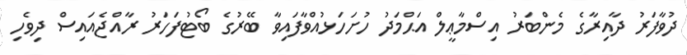
ދުވާފަރު ދާއިރާގެ މެންބަރު އިސްމާޢީލް އަޙްމަދު ހުށަހަޅުއްވާފައިވާ ބޭރުގެ ބޯޓުފަހަރު ރާއްޖެއައިސް ދިވެހި